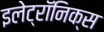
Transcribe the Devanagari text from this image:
इलेट्रॉनिक्स